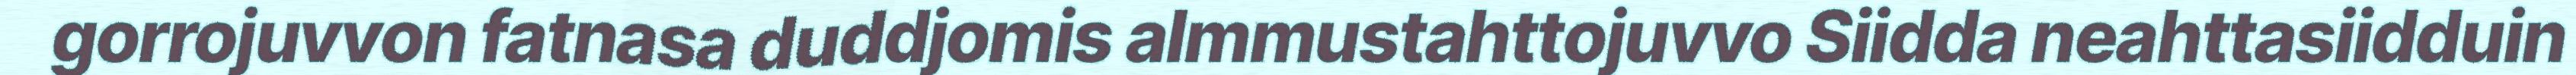
gorrojuvvon fatnasa duddjomis almmustahttojuvvo Siidda neahttasiidduin